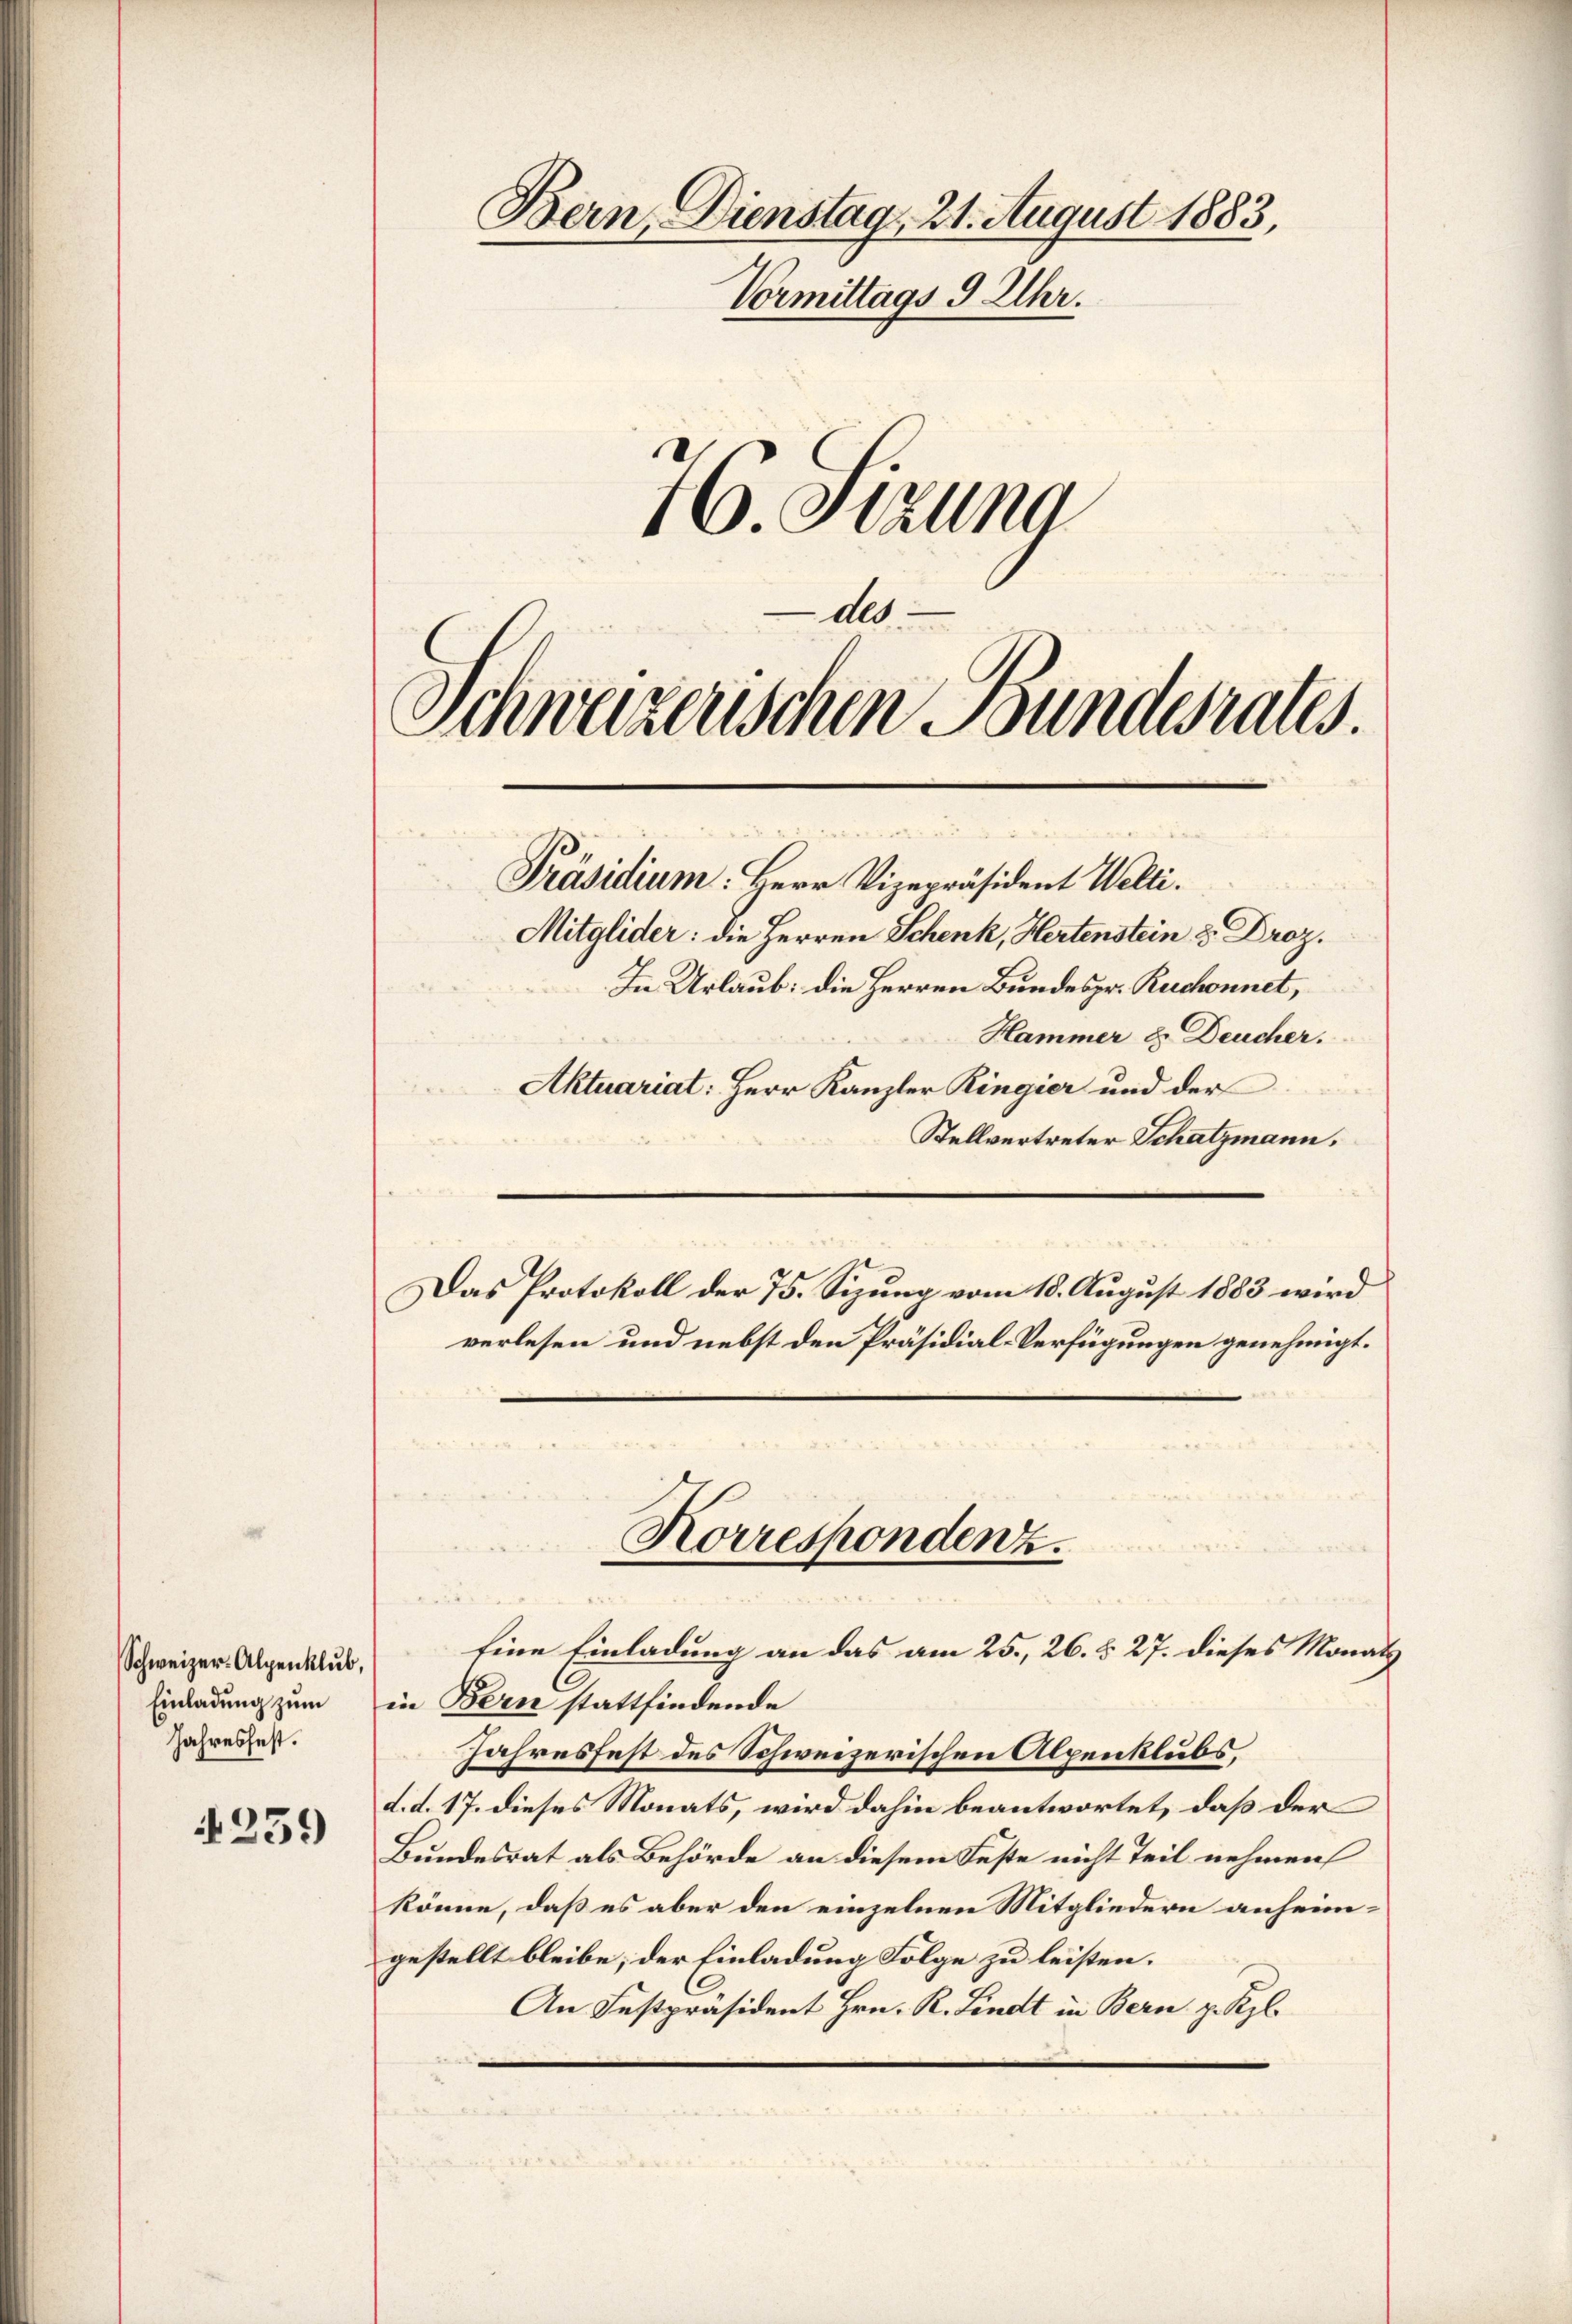
Schweizer-Alpenklub,
Einladung zum
Jahresfest.

4259

Bern, Dienstag. 21. August 1883,
Vormittags 9 Uhr.
16. Sizung

dl

Schweizerischen Bundesrates.
Präsidium: Herr Vizepräsident Welti.

Mitglider: die Herren Schenk, Hertenstein 2 Droz.
In Urlaub: die Herren Bundespr. Ruchonnet,
Hammer & Deucher.
Aktuariat: Herr Kanzler Ringier und der
Stellvertreter Schatzmann,
Das Protokoll der 75. Sizung vom 18. August 1883 wird
verlesen und nebst den Präsidial-Verfügungen genehmigt.

in Bern stattfindende
Jahresfest des Schweizerischen Alpenklubs,
d. d. 17. dieses Monats, wird dahin beantwortet, daß der
Bundesrat als Behörde an diesem Feste nicht Teil nehmen
könne, daß es aber den einzelnen Mitgliedern anheimgestellt bleibe; der Einladung Folge zu leisten.
An Festpräsident Hrn. R. Lindt in Bern z. Kzl.

Korrespondenz.
Eine Einladung an das am 25., 26. § 27. dieses Monats